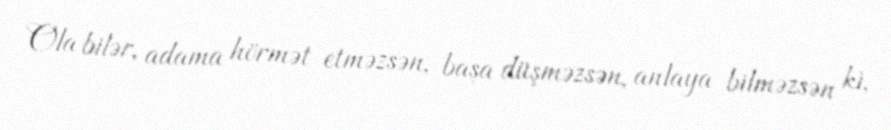
Ola bilər, adama hörmət etməzsən, başa düşməzsən, anlaya bilməzsən ki,